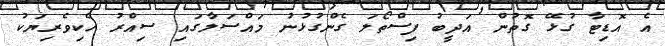
އެ އޮޑިޓާ ގުޅޭ ގޮތުން އަދީބު ފިސްތޯލަ ގެންގުޅުނު މައްސަލާގައި ސިއްރު ހެކިވެރިޔަކު